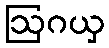
ဩဂယှ